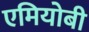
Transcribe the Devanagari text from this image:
एमियोबी